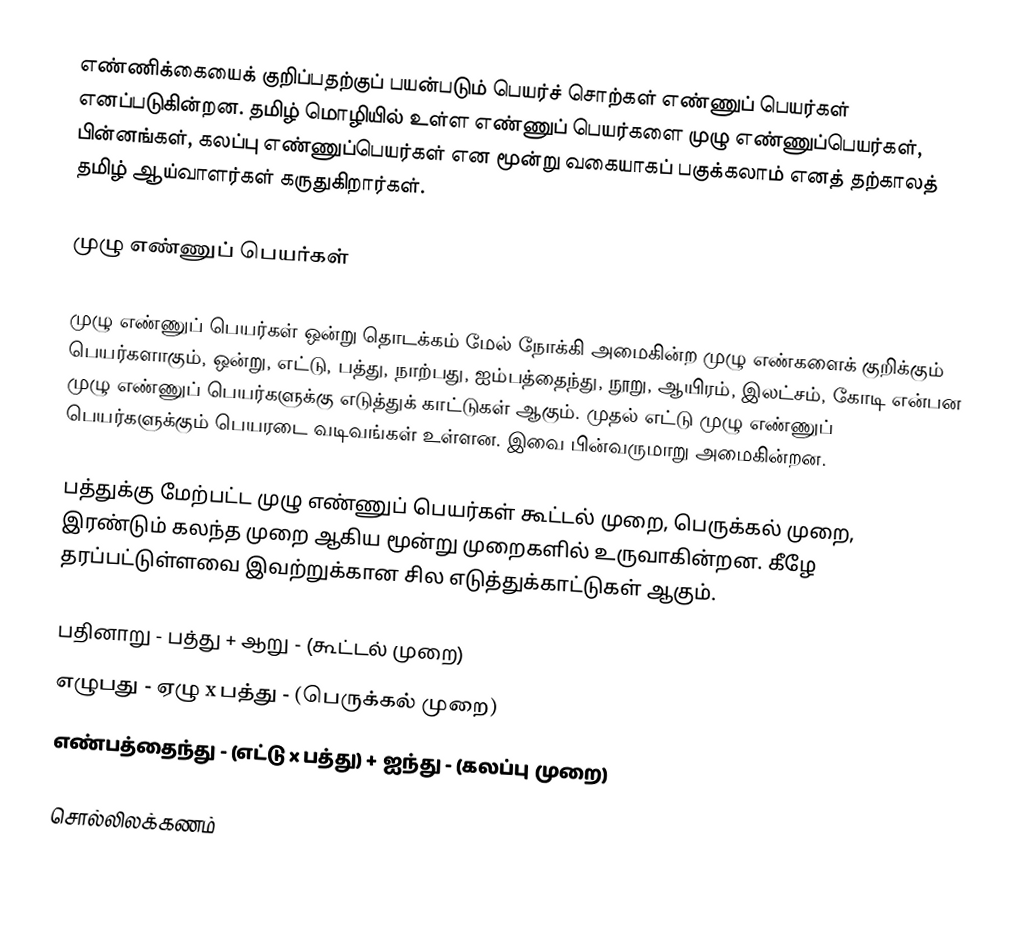
எண்ணிக்கையைக் குறிப்பதற்குப் பயன்படும் பெயர்ச் சொற்கள் எண்ணுப் பெயர்கள் எனப்படுகின்றன. தமிழ் மொழியில் உள்ள எண்ணுப் பெயர்களை முழு எண்ணுப்பெயர்கள், பின்னங்கள், கலப்பு எண்ணுப்பெயர்கள் என மூன்று வகையாகப் பகுக்கலாம் எனத் தற்காலத் தமிழ் ஆய்வாளர்கள் கருதுகிறார்கள்.

முழு எண்ணுப் பெயர்கள்

முழு எண்ணுப் பெயர்கள் ஒன்று தொடக்கம் மேல் நோக்கி அமைகின்ற முழு எண்களைக் குறிக்கும் பெயர்களாகும், ஒன்று, எட்டு, பத்து, நாற்பது, ஐம்பத்தைந்து, நூறு, ஆயிரம், இலட்சம், கோடி என்பன முழு எண்ணுப் பெயர்களுக்கு எடுத்துக் காட்டுகள் ஆகும். முதல் எட்டு முழு எண்ணுப் பெயர்களுக்கும் பெயரடை வடிவங்கள் உள்ளன. இவை பின்வருமாறு அமைகின்றன.

பத்துக்கு மேற்பட்ட முழு எண்ணுப் பெயர்கள் கூட்டல் முறை, பெருக்கல் முறை, இரண்டும் கலந்த முறை ஆகிய மூன்று முறைகளில் உருவாகின்றன. கீழே தரப்பட்டுள்ளவை இவற்றுக்கான சில எடுத்துக்காட்டுகள் ஆகும்.

 பதினாறு - பத்து + ஆறு - (கூட்டல் முறை)
 எழுபது - ஏழு x பத்து - (பெருக்கல் முறை)
 எண்பத்தைந்து - (எட்டு x பத்து) + ஐந்து - (கலப்பு முறை)

சொல்லிலக்கணம்